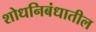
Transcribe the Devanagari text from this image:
शोधनिबंधातील